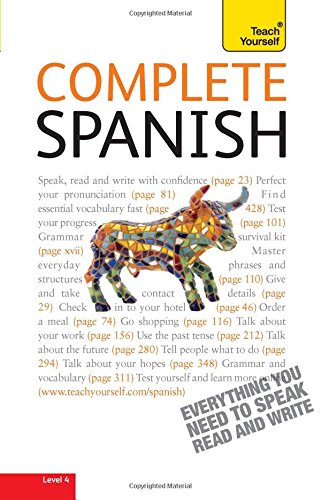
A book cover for Complete Spanish with Two Audio CDs: A Teach Yourself Guide (Teach Yourself Language); Juan Kattan-Ibarra; Travel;